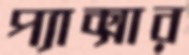
প্যাক্সার